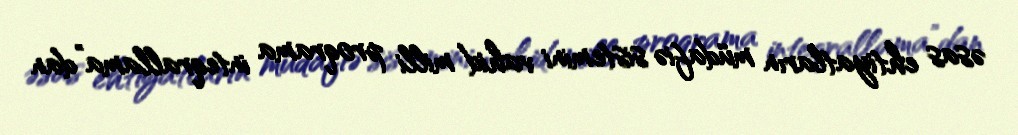
əsas ehtiyatların müdafiə sistemini vahid milli proqrama inteqrallama”dan